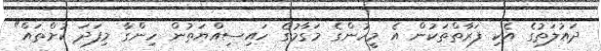
ދައުލަތުގެ އެކި ފަރާތްތަކުން އެ މީހުންގެ މަގާމުގެ ހައިސިއްޔަތުން ހިންގާ މިފަދަ ކުށްތައް"